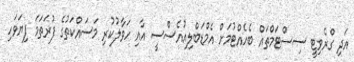
އަދި ގްރެވިޓީ ސިސްޓަމްތައް ބެހެއްޓުމަށް އެމްޑަބްލިއުއެސްސީ އާއި ހަވާލުކުރި މަސައްކަތުގެ ފުރަތަމަ ފިޔަވަހި